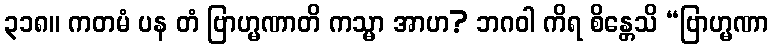
၃၁၈။ ကတမံ ပန တံ ဗြာဟ္မဏာတိ ကသ္မာ အာဟ? ဘဂဝါ ကိရ စိန္တေသိ “ဗြာဟ္မဏာ